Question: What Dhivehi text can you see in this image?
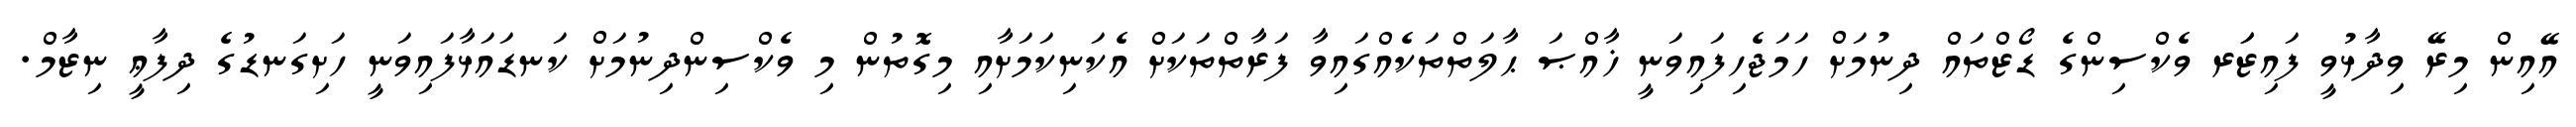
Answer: އޭއިން މިރޭ ވިދާޅުވީ ފައިޒަަރ ވެކްސިންގެ ޑޯޒްތައް ދިނުމަށް ހަމަޖެހިފައިވަނީ ޚާއްޞަ ޙާލަތްތަކެއްގައިވާ ފަރާތްތަކަށް އެކަނިކަމަށާއި މިގޮތުން މި ވެކްސިންދިނުމަށް ކަނޑައަޅާފައިވަނީ ހަށިގަނޑުގެ ދިފާޢީ ނިޒާމް.